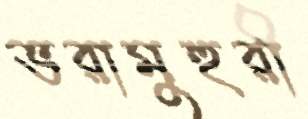
ভরামুহুরী